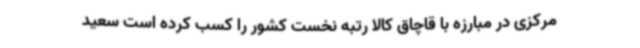
مرکزی در مبارزه با قاچاق کالا رتبه نخست کشور را کسب کرده است سعید